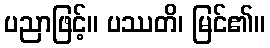
ပညာဖြင့်။ ပဿတိ၊ မြင်၏။